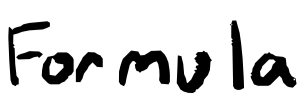
Text: Formula
Cross-out: clean
Writing tool: digital_black